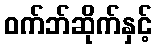
ဝက်ဘ်ဆိုက်နှင့်